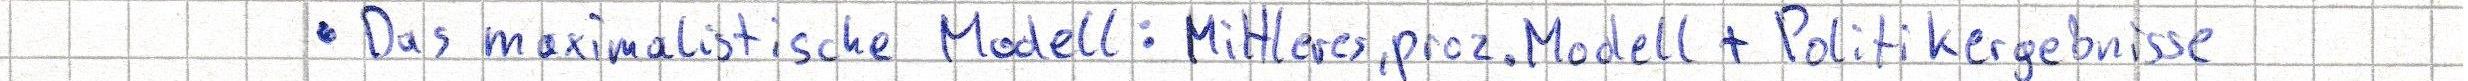
- Das maximalistische Modell: Mittleres, proz. Modell + Politikergebnisse